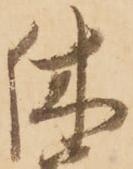
休